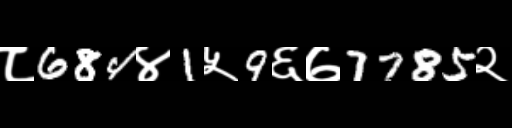
Text: ८684४1५9६७7785२